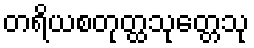
တရိယစတုတ္ထသုတ္တေသု